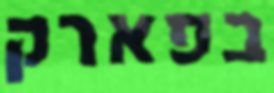
בפארק